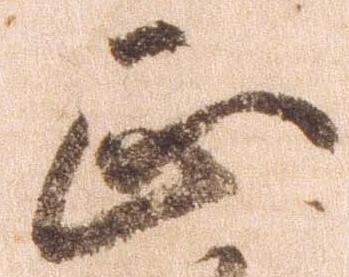
正